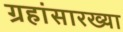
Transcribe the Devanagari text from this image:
ग्रहांसारख्या